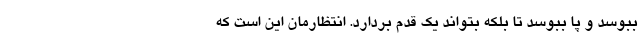
ببوسد و پا ببوسد تا بلکه بتواند یک قدم بردارد. انتظارمان این است که